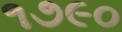
૧૭૯૦